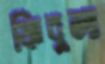
ফিবুলা